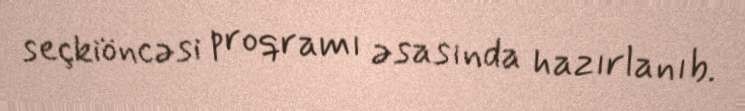
seçkiöncəsi proqramı əsasında hazırlanıb.